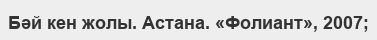
Бәй кен жолы. Астана. «Фолиант», 2007;